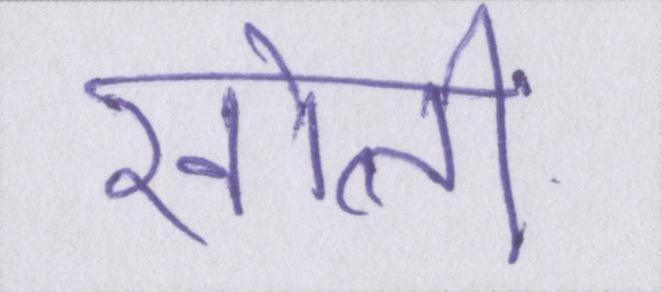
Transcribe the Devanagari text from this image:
खोलीं